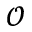
\mathcal { O }